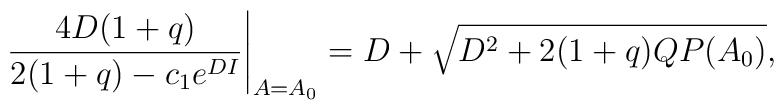
\frac{4 D(1+q)}{2(1+q)-c_1 e^{D I}} \Bigg\vert_{A=A_0}=D + \sqrt{D^2+2(1+q)QP(A_0)} ,